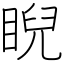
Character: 睨